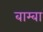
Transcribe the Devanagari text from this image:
बाम्बा